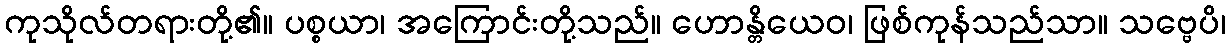
ကုသိုလ်တရားတို့၏။ ပစ္စယာ၊ အကြောင်းတို့သည်။ ဟောန္တိယေဝ၊ ဖြစ်ကုန်သည်သာ။ သဗ္ဗေပိ၊